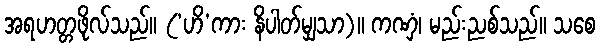
အရဟတ္တဖိုလ်သည်။ (‘ဟိ’ကား နိပါတ်မျှသာ)။ ကဏှံ၊ မည်းညစ်သည်။ သစေ